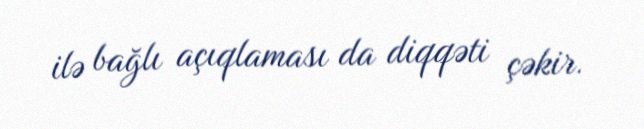
ilə bağlı açıqlaması da diqqəti çəkir.